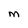
Character: M